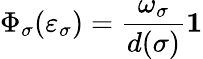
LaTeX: \Phi_{\sigma}(\varepsilon_{\sigma})=\frac{\omega_{\sigma}}{d(\sigma)}{\mathbf 1}